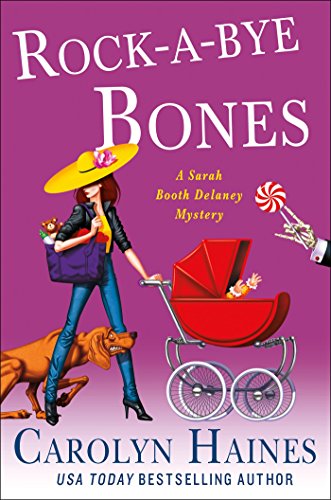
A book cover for Rock-a-Bye Bones (A Sarah Booth Delaney Mystery); Carolyn Haines; Mystery, Thriller & Suspense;